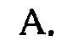
A.